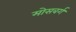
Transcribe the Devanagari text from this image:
मोसबर्ग